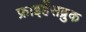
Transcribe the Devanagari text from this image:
फ्राइहेंसब्रुक